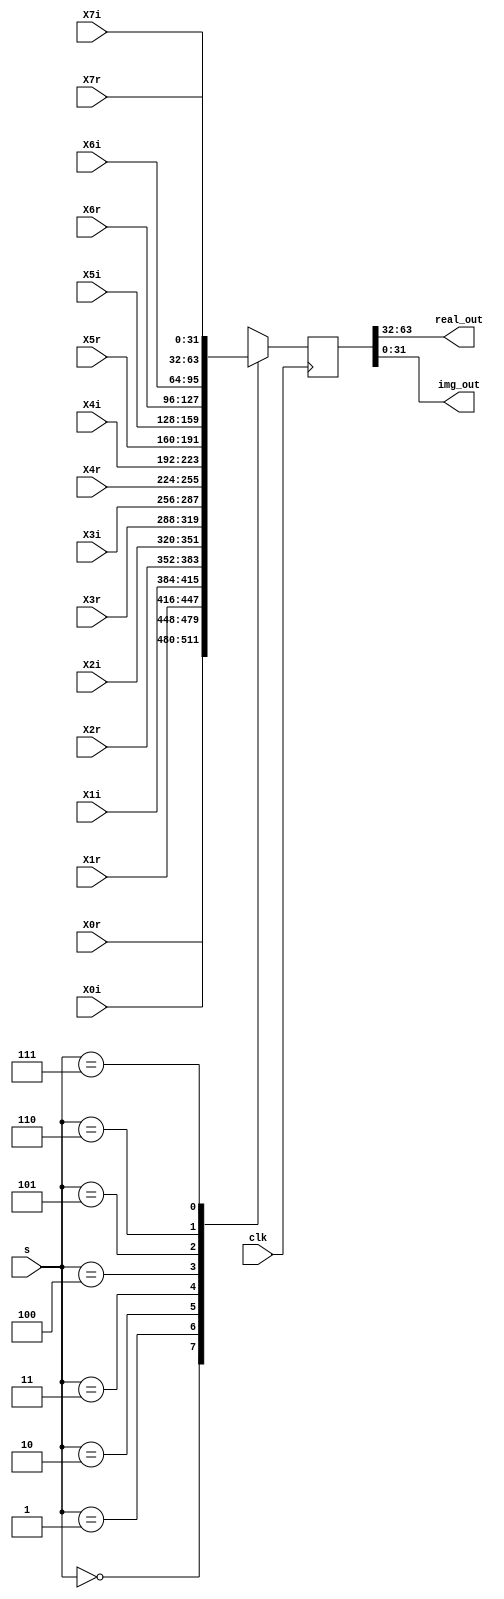
module mux8to1(X0r,X0i,X1r,X1i,X2r,X2i,X3r,X3i,X4r,X4i,X5r,X5i,X6r,X6i,X7r,X7i,real_out,img_out,s,clk);
input clk;
input[2:0]s;
input [31:0] X0r,X0i,X1r,X1i,X2r,X2i,X3r,X3i,X4r,X4i,X5r,X5i,X6r,X6i,X7r,X7i;
reg [63:0]out;
output [31:0]real_out,img_out;


always@(posedge clk)
begin
case(s)
3'b000:out={X0r,X0i};
3'b001:out={X1r,X1i};
3'b010:out={X2r,X2i};
3'b011:out={X3r,X3i};
3'b100:out={X4r,X4i};
3'b101:out={X5r,X5i};
3'b110:out={X6r,X6i};
3'b111:out={X7r,X7i};
endcase
end
assign real_out=out[63:32];
assign img_out=out[31:0];

endmodule